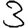
Digit: 3